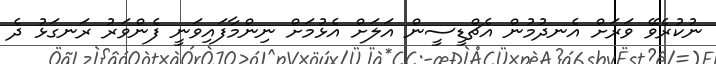
ނުކުރެވޭ ވަރަށް އެނދުމުން އެޗްޑީސީން އަލަށް އެޅުމަށް ނިންމާފައިވަނީ ފެންވަރު ރަނގަޅު ދެ